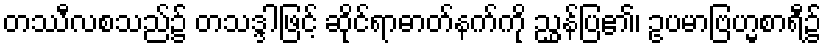
တဿီလစသည်၌ တသဒ္ဒါဖြင့် ဆိုင်ရာဓာတ်နက်ကို ညွှန်ပြ၏၊ ဥပမာဗြဟ္မစာရီ၌